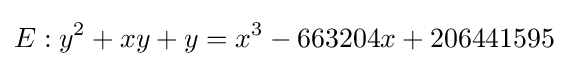
E:y^{2}+xy+y=x^{3}-663204x+206441595